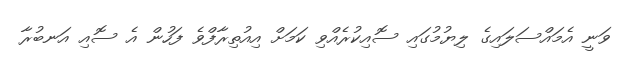
ވަނީ އެމައްސަލައިގެ ލިޔުމުގައި ސޮއިކުރެއްވި ކަމަށް އިއުތިރާފްވެ ފަހުން އެ ސޮއި އަނބުރާ